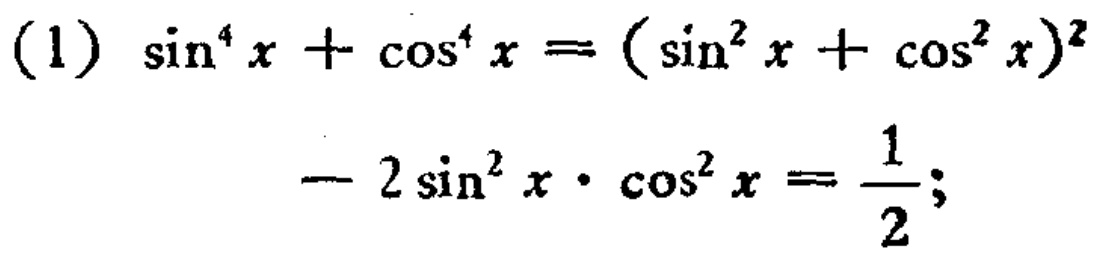
(1) \(\sin^{4}x+\cos^{4}x = (\sin^{2}x+\cos^{2}x)^{2}-2\sin^{2}x\cdot\cos^{2}x=\frac{1}{2};\)